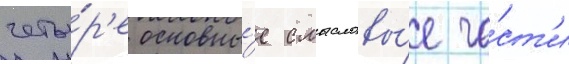
четы́р'е основны́е смысловы́е ча́ст'и